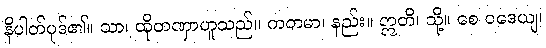
နိပါတ်ပုဒ်၏။ သာ၊ ထိုတဏှာဟူသည်။ ကတမာ၊ နည်း။ ဣတိ၊ သို့။ စေ ဝဒေယျ၊